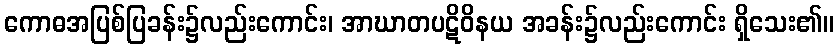
ကောဓအပြစ်ပြခန်း၌လည်းကောင်း၊ အာဃာတပဋိဝိနယ အခန်း၌လည်းကောင်း ရှိသေး၏။